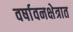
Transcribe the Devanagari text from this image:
वर्षावनक्षेत्रात